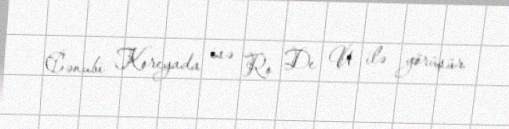
Cənubi Koreyada isə Ro De U ilə görüşür.